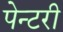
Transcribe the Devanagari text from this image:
पेन्टरी